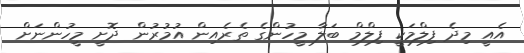
އެއީ މިދެ ފިލްމަކީ ފިލްމް ބަލާ މީހުންގެ ތެރެއިން އުމުރުން ދޮށީ މީހުންނަށް